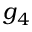
g _ { 4 }